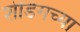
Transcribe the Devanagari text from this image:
शेडिंगच्या